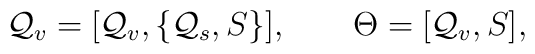
{\cal Q}_v=[{\cal Q}_v,\{{\cal Q}_s,S\}],\quad\quad\Theta=[{\cal Q}_v, S],